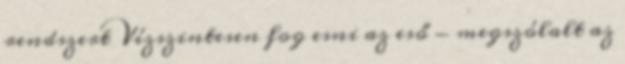
rendszert Vízszintesen fog esni az eső - megszólalt az